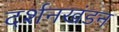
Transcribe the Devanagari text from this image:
दर्शनखंडन